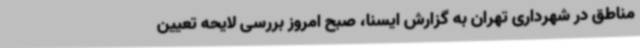
مناطق در شهرداری تهران به گزارش ایسنا، صبح امروز بررسی لایحه تعیین